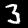
Digit: 3